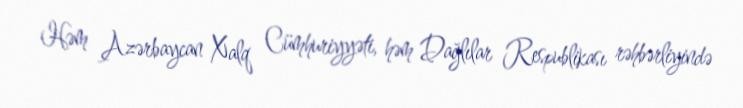
Həm Azərbaycan Xalq Cümhuriyyəti, həm Dağlılar Respublikası rəhbərliyində